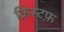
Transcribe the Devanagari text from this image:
क्रिस्टफ़